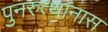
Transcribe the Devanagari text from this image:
पुनरुत्थानास